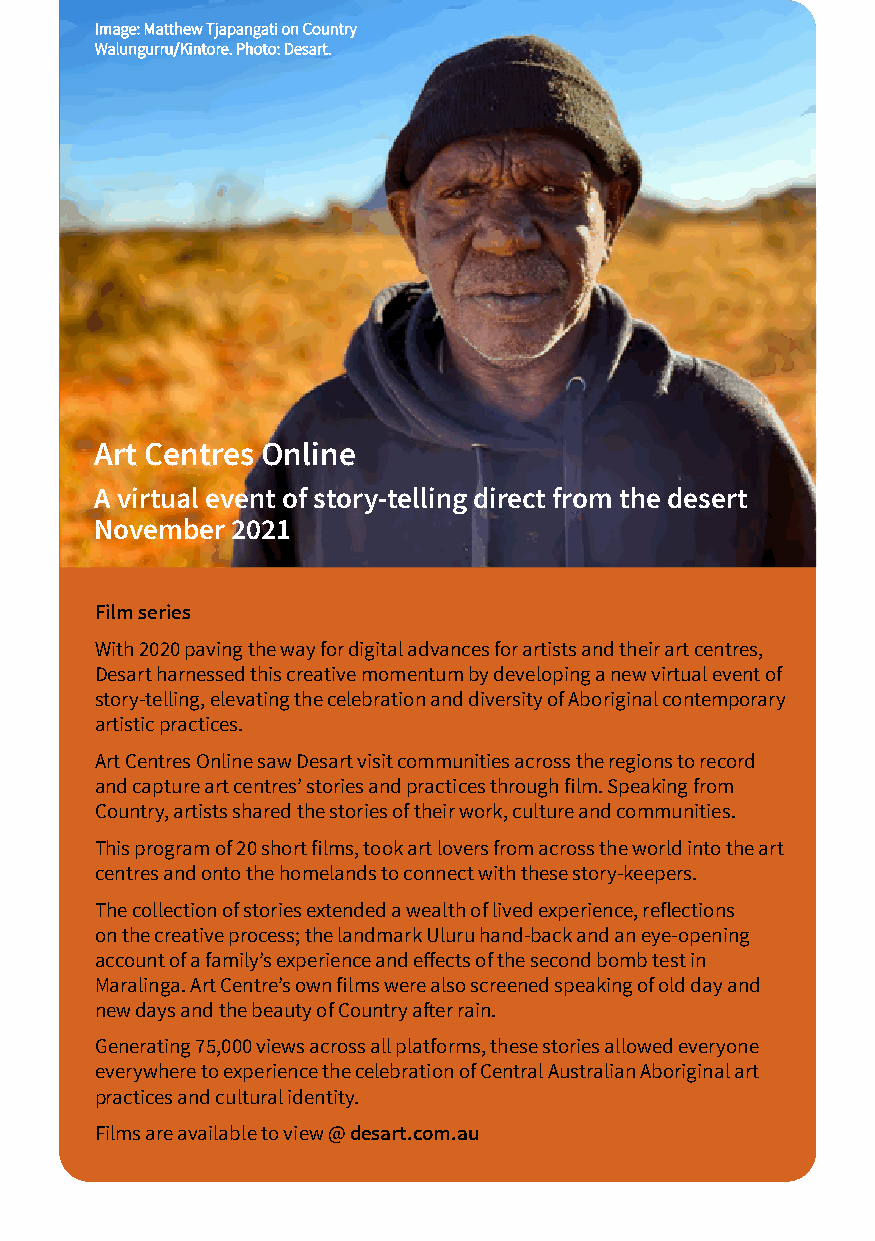
IImmaaggee:: MMaatttthheeww TTjjaappaannggaattii oonn CCoouunnttrryy
 WWaalluunngguurrrruu//KKiinnttoorree.. PPhhoottoo:: DDeessaarrtt..
 Art Centres Online
 A virtual event of story-telling direct from the desert
 November 2021
 Film series
 With 2020 paving the way for digital advances for artists and their art centres,
 Desart harnessed this creative momentum by developing a new virtual event of
 story-telling, elevating the celebration and diversity of Aboriginal contemporary
 artistic practices.
 Art Centres Online saw Desart visit communities across the regions to record
 and capture art centres’ stories and practices through film. Speaking from
 Country, artists shared the stories of their work, culture and communities.
 This program of 20 short films, took art lovers from across the world into the art
 centres and onto the homelands to connect with these story-keepers.
 The collection of stories extended a wealth of lived experience, reflections
 on the creative process; the landmark Uluru hand-back and an eye-opening
 account of a family’s experience and effects of the second bomb test in
 Maralinga. Art Centre’s own films were also screened speaking of old day and
 new days and the beauty of Country after rain.
 Generating 75,000 views across all platforms, these stories allowed everyone
 everywhere to experience the celebration of Central Australian Aboriginal art
 practices and cultural identity.
 Films are available to view @ desart.com.au